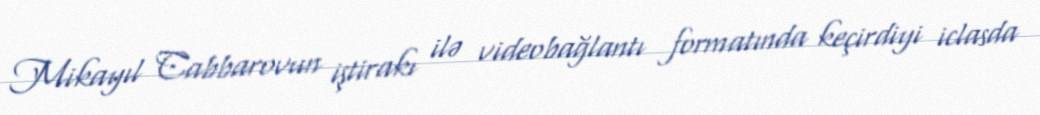
Mikayıl Cabbarovun iştirakı ilə videobağlantı formatında keçirdiyi iclasda